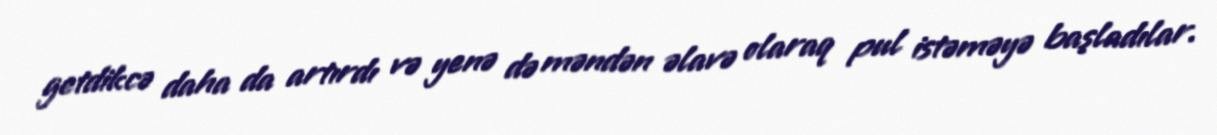
getdikcə daha da artırdı və yenə də məndən əlavə olaraq pul istəməyə başladılar.